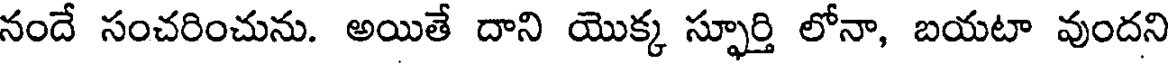
నందే సంచరించును. అయితే దాని యొక్క స్ఫూర్తి లోనా, బయటా వుందని